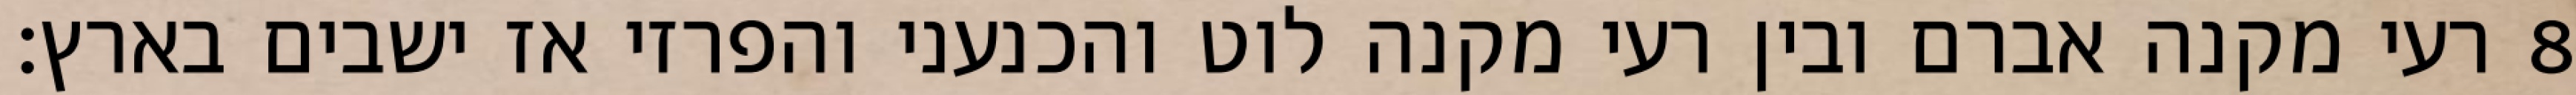
רעי מקנה אברם ובין רעי מקנה לוט והכנעני והפרזי אז ישבים בארץ׃ ‎8‏